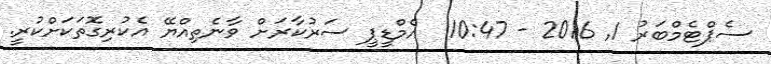
ސެޕްޓެމްބަރު 1